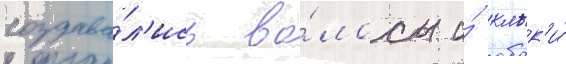
создава́л'ись во́лосы и́ клык'и́